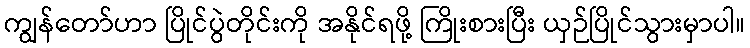
ကျွန်တော်ဟာ ပြိုင်ပွဲတိုင်းကို အနိုင်ရဖို့ ကြိုးစားပြီး ယှဉ်ပြိုင်သွားမှာပါ။